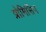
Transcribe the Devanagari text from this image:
प्रोमिसिंग